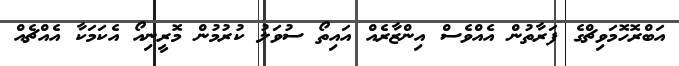
އަބްރޮހޮމަވިޗްގެ ފަރާތުން އެއްވެސް އިންޒާރެއް އައިތޯ ސުވަލު ކުރުމުން މޮރީނިއޯ އެކަމަކާ އެއްޗެއް